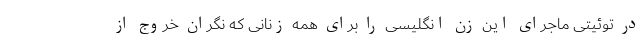
در توئیتی ماجرای این زن انگلیسی را برای همه زنانی که نگران خروج از